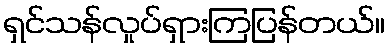
ရှင်သန်လှုပ်ရှားကြပြန်တယ်။